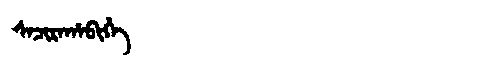
Manchu: ᠰᠠᠴᡳᡵᠠᡥᠠᠪᡳᡥᡝ
Romanization: SACIRAHABIHE